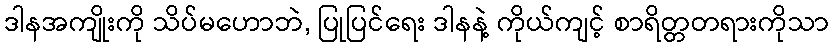
ဒါနအကျိုးကို သိပ်မဟောဘဲ, ပြုပြင်ရေး ဒါနနဲ့ ကိုယ်ကျင့် စာရိတ္တတရားကိုသာ